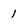
Character: 1